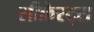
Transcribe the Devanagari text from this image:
सीक्रेस्ट्स